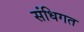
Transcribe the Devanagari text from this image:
संधिगत